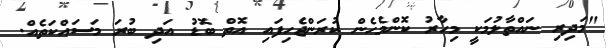
"މަދިރި ނައްތާލުމަކީ މިހާރު ކޮންމެހެން ކުރަންޖެހިފައި އޮތް ބޮޑު އަދި ބުރަ މަސައްކަތެއް.